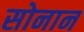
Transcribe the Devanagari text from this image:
सोनान